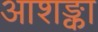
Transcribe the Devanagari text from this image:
आशङ्का